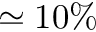
\simeq 1 0 \%